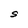
Character: S